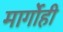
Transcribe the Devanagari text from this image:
मार्गोही